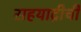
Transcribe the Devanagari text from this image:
सहयाद्रीची